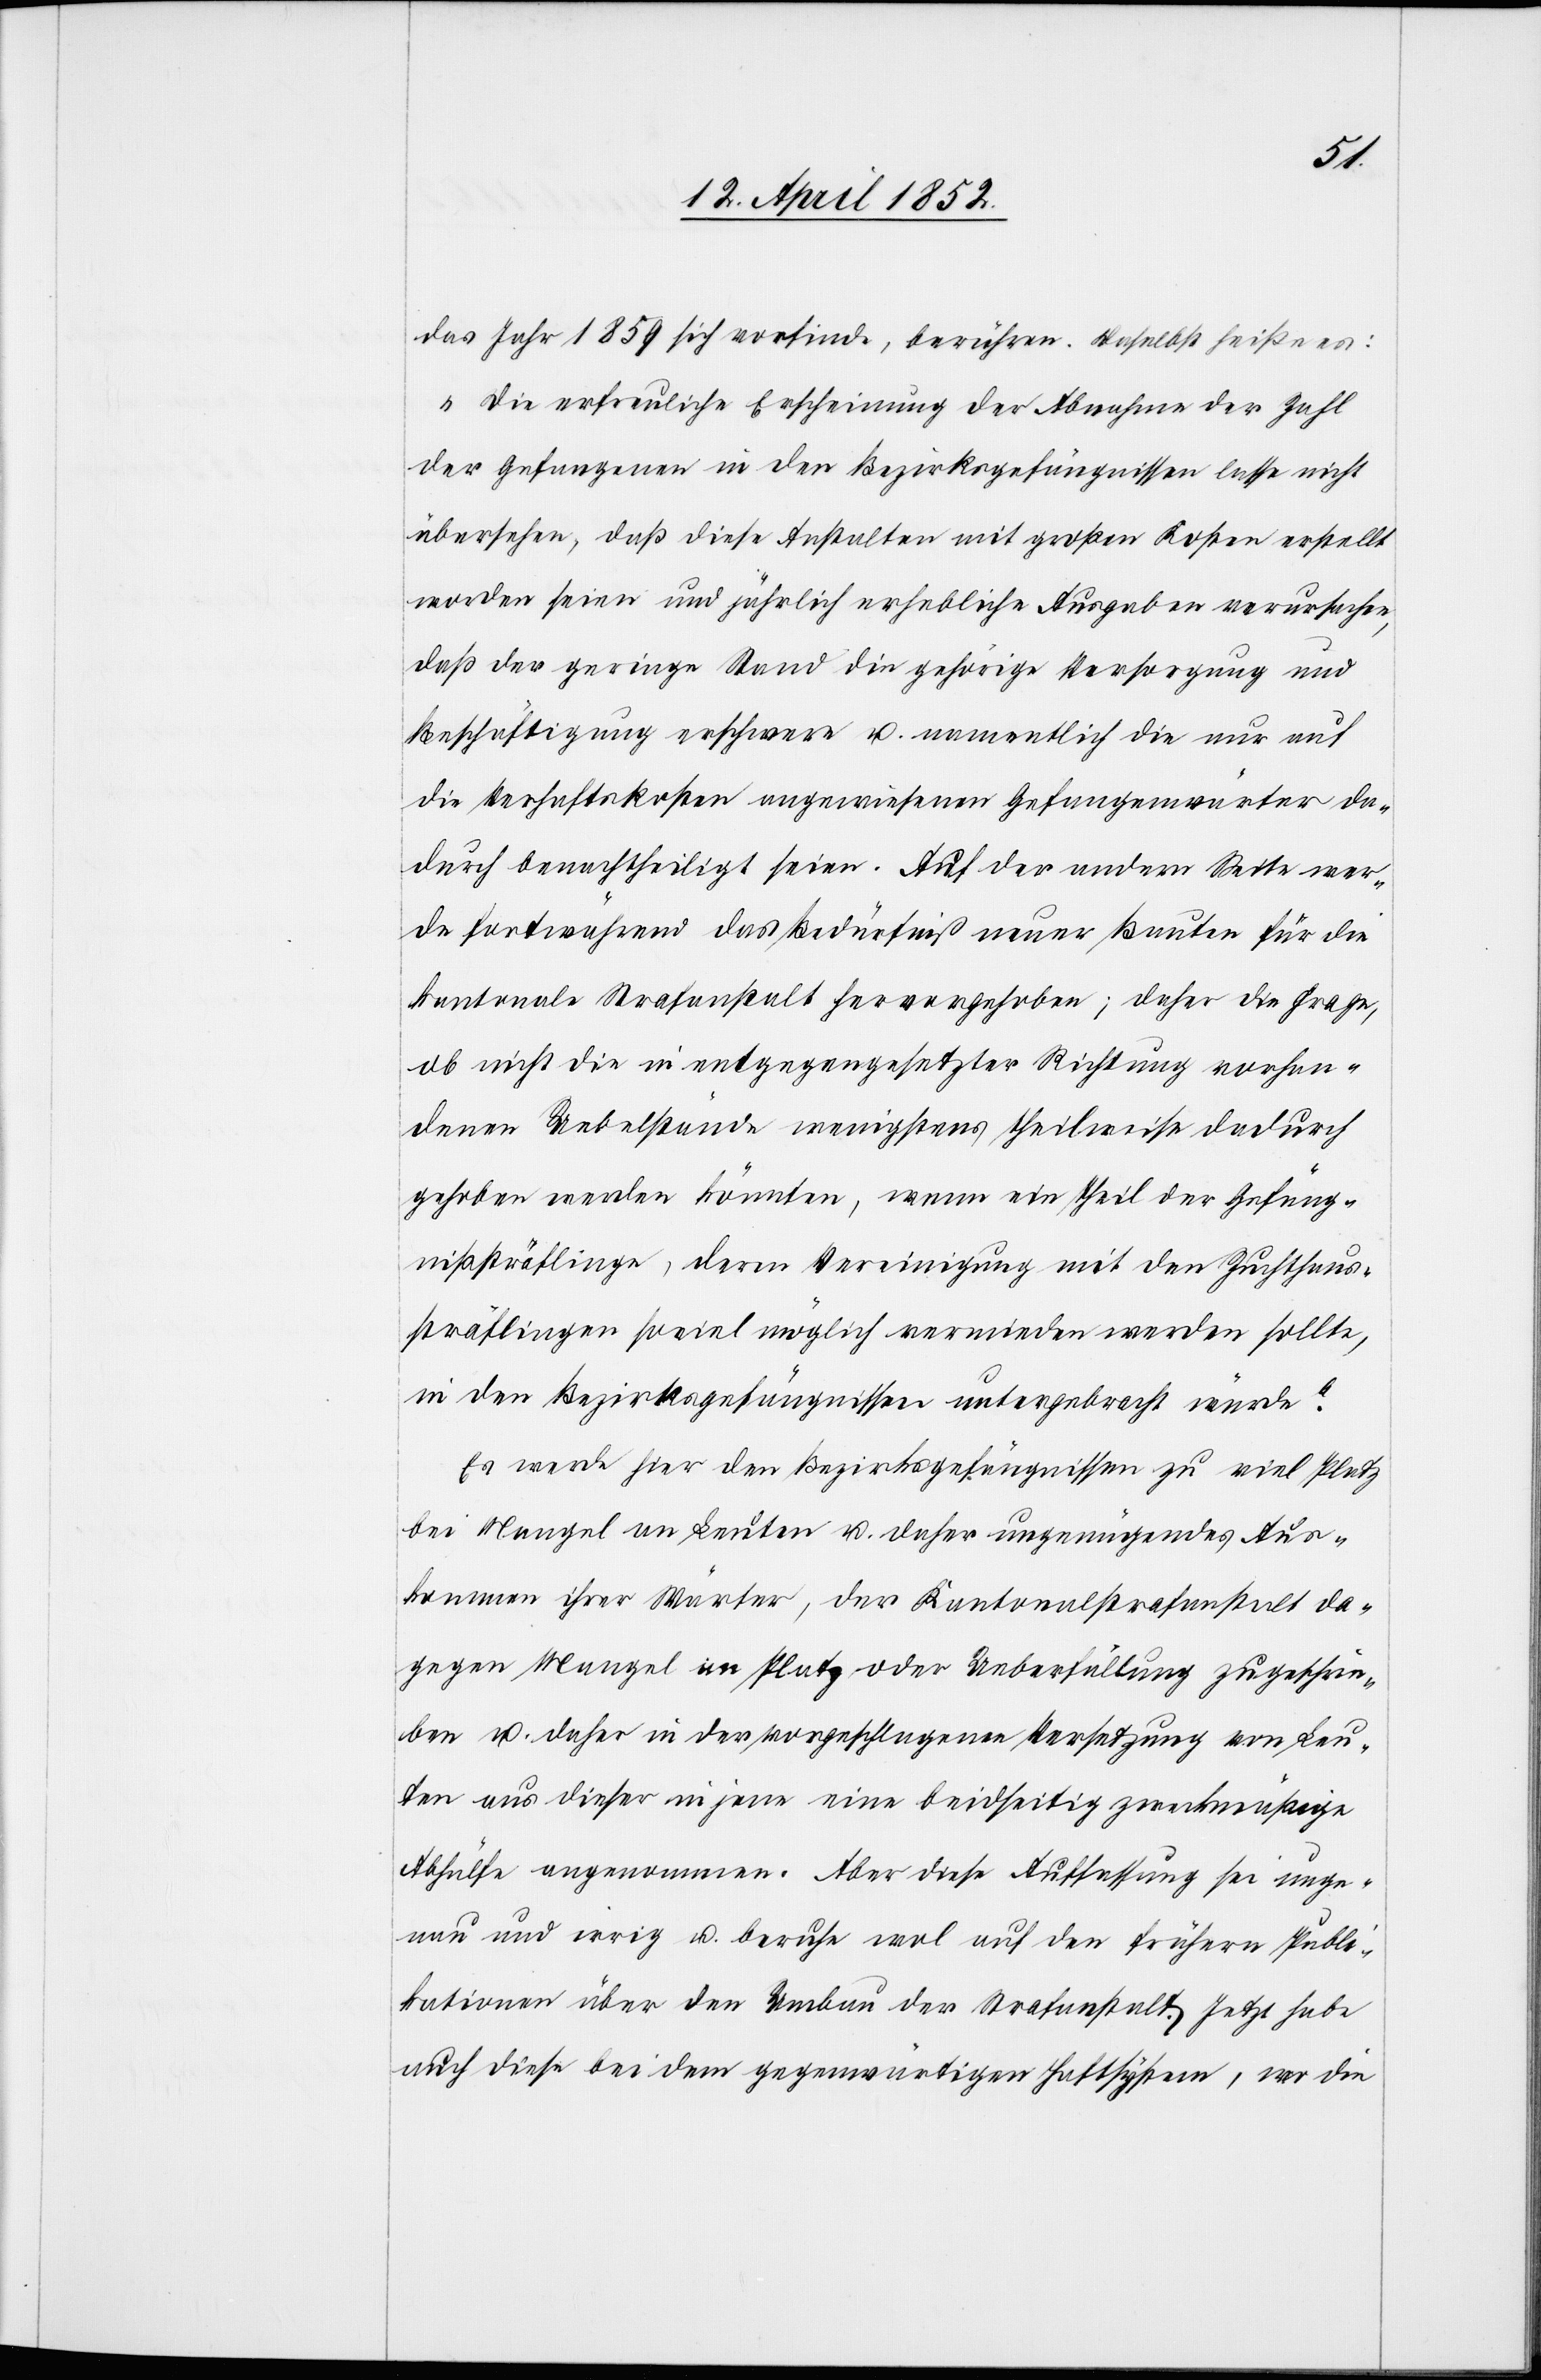
das Jahr 1859 sich vorfinden, berühren. Daselbst heißen:
„Die erfreuliche Erscheinung der Abnahme der Zahl
der Gefangenen in den Bezirksgefängnissen lasse nicht
übersehen, daß diese Anstalten mit großen Kosten erstellt
worden seien und jährlich erhebliche Ausgaben verursachen,
daß der geringe Stand die gehörige Versorgung und
Beschäftigung erschwere u. namentlich die nur auf
die Verhaftskosten angewiesenen Gefangenenwärter da¬
durch benachtheiligt seien. Auf der andern Seite wer¬
de fortwährend das Bedürfniß neuer Bauten für die
kantonale Strafanstalt hervorgehoben; daher die Frage,
ob nicht die in entgegengesetzter Richtung vorhan¬
denen Uebelstände wenigstens theilweise dadurch
gehoben werden könnten, wenn ein Theil der Gefäng¬
nißsträflinge, deren Vereinigung mit den Zuchthaus¬
sträflingen soviel möglich vermieden werden sollte,
in den Bezirksgefängnissen untergebracht würde.“
Es werde hier den Bezirksgefängnissen zu viel Platz
bei Mangel an Leuten u. daher ungenügendes Aus¬
kommen ihrer Wärter, der Kantonalstrafanstalt da¬
gegen Mangel im Platz oder Ueberfüllung zugeschrie¬
ben u. daher in der vorgeschlagenen Versetzung von Leu¬
ten aus dieser in jene eine beidseitig zweckmäßige
Abhülfe angenommen. Aber diese Auffassung sei unge¬
nau und irrig u. beruhe wol auf den frühern Publi¬
kationen über den Umbau der Strafanstalt. Jetzt habe
auch diese bei dem gegenwärtigen Haftsystem, wo die